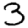
Digit: 3